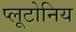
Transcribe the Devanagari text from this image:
प्लूटोनिय